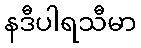
နဒီပါရသီမာ